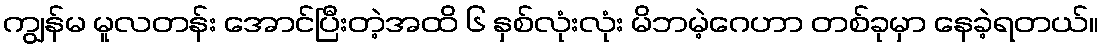
ကျွန်မ မူလတန်း အောင်ပြီးတဲ့အထိ ၆ နှစ်လုံးလုံး မိဘမဲ့ဂေဟာ တစ်ခုမှာ နေခဲ့ရတယ်။